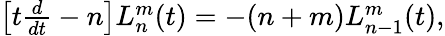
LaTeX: \begin{array}{r}{\left[t\frac{d}{dt}-n\right]L_{n}^{m}(t)=-(n+m)L_{n-1}^{m}(t),}\end{array}